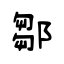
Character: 鄒